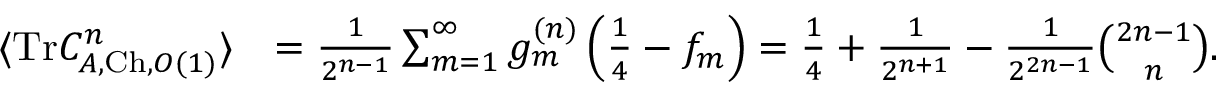
\begin{array} { r l } { \langle \mathrm { T r } C _ { A , \mathrm { C h } , O ( 1 ) } ^ { n } \rangle } & { = \frac { 1 } { 2 ^ { n - 1 } } \sum _ { m = 1 } ^ { \infty } g _ { m } ^ { ( n ) } \left( \frac { 1 } { 4 } - f _ { m } \right) = \frac { 1 } { 4 } + \frac { 1 } { 2 ^ { n + 1 } } - \frac { 1 } { 2 ^ { 2 n - 1 } } \binom { 2 n - 1 } { n } . } \end{array}